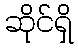
ဆိုင်ရှိ